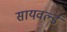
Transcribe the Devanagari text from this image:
सायवर्ल्ड